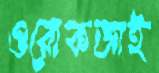
ওরোকজাই